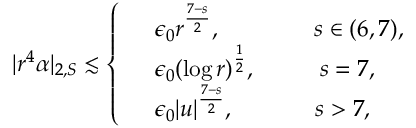
| r ^ { 4 } \alpha | _ { 2 , S } \lesssim \left\{ \begin{array} { r l } & { \epsilon _ { 0 } r ^ { \frac { 7 - s } { 2 } } , \qquad \qquad s \in ( 6 , 7 ) , } \\ & { \epsilon _ { 0 } ( \log r ) ^ { \frac { 1 } { 2 } } , \qquad \; \; \, s = 7 , } \\ & { \epsilon _ { 0 } | u | ^ { \frac { 7 - s } { 2 } } , \qquad \quad \; \, s > 7 , } \end{array} \right.